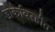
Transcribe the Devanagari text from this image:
डोकेविरहीत